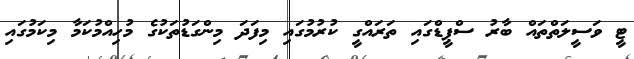
ޓީ ވަސީލަތްތައް ބާރު ސްޕީޑްގައި ތަރައްގީ ކުރުމުގައި މިފަދަ މިންގަޑުތަކުގެ މުހިއްމުކަމާ މިކަމުގައި